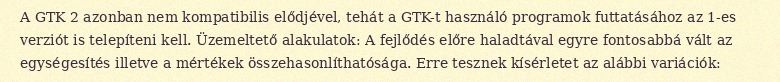
A GTK 2 azonban nem kompatibilis elődjével, tehát a GTK-t használó programok futtatásához az 1-es verziót is telepíteni kell. Üzemeltető alakulatok: A fejlődés előre haladtával egyre fontosabbá vált az egységesítés illetve a mértékek összehasonlíthatósága. Erre tesznek kísérletet az alábbi variációk: